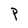
Character: P